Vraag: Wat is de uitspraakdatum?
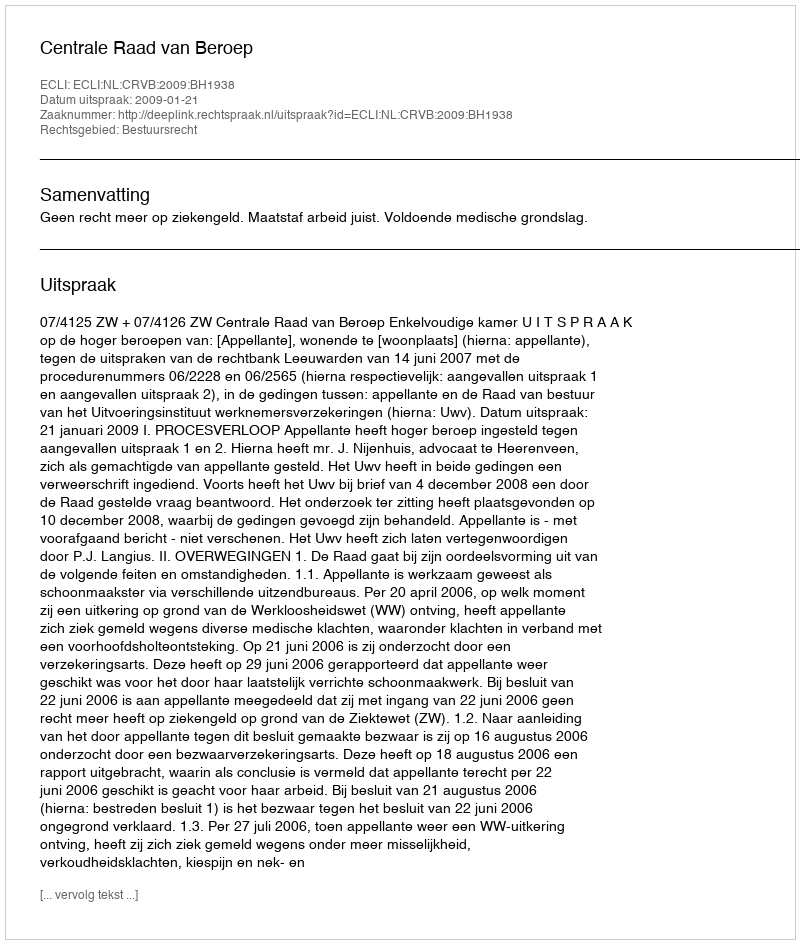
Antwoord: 2009-01-21